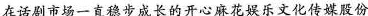
在话剧市场一直稳步成长的开心麻花娱乐文化传媒股份